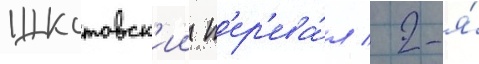
Шкотовск'ии п'ер'ева́л / 2-я́